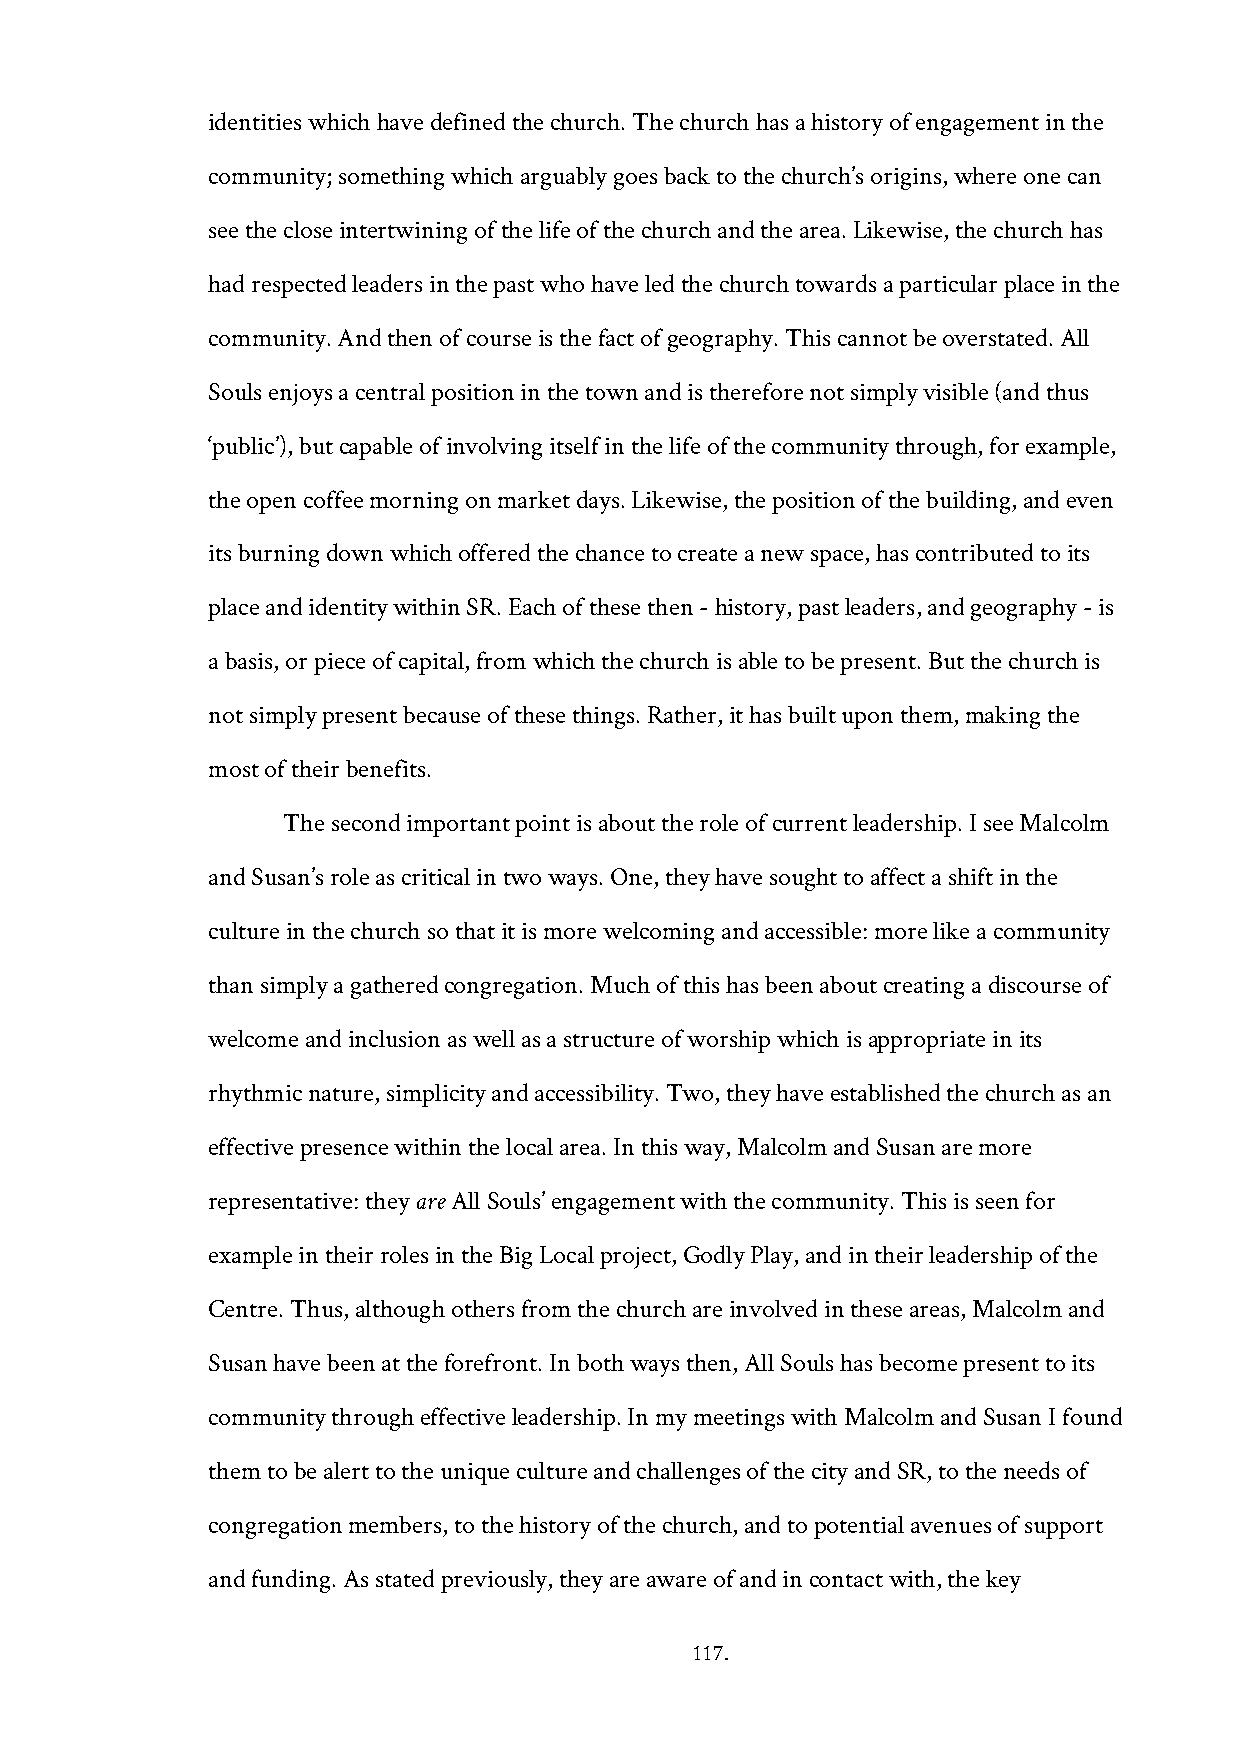
identities which have defined the church. The church has a history of engagement in the
 community; something which arguably goes back to the church’s origins, where one can
 see the close intertwining of the life of the church and the area. Likewise, the church has
 had respected leaders in the past who have led the church towards a particular place in the
 community. And then of course is the fact of geography. This cannot be overstated. All
 Souls enjoys a central position in the town and is therefore not simply visible (and thus
 ‘public’), but capable of involving itself in the life of the community through, for example,
 the open coffee morning on market days. Likewise, the position of the building, and even
 its burning down which offered the chance to create a new space, has contributed to its
 place and identity within SR. Each of these then - history, past leaders, and geography - is
 a basis, or piece of capital, from which the church is able to be present. But the church is
 not simply present because of these things. Rather, it has built upon them, making the
 most of their benefits.
 The second important point is about the role of current leadership. I see Malcolm
 and Susan’s role as critical in two ways. One, they have sought to affect a shift in the
 culture in the church so that it is more welcoming and accessible: more like a community
 than simply a gathered congregation. Much of this has been about creating a discourse of
 welcome and inclusion as well as a structure of worship which is appropriate in its
 rhythmic nature, simplicity and accessibility. Two, they have established the church as an
 effective presence within the local area. In this way, Malcolm and Susan are more
 representative: they are All Souls’ engagement with the community. This is seen for
 example in their roles in the Big Local project, Godly Play, and in their leadership of the
 Centre. Thus, although others from the church are involved in these areas, Malcolm and
 Susan have been at the forefront. In both ways then, All Souls has become present to its
 community through effective leadership. In my meetings with Malcolm and Susan I found
 them to be alert to the unique culture and challenges of the city and SR, to the needs of
 congregation members, to the history of the church, and to potential avenues of support
 and funding. As stated previously, they are aware of and in contact with, the key
 117.